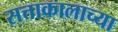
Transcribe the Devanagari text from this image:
सत्ताकालाच्या